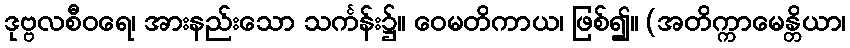
ဒုဗ္ဗလစီဝရေ၊ အားနည်းသော သင်္ကန်း၌။ ဝေမတိကာယ၊ ဖြစ်၍။ (အတိက္ကာမေန္တိယာ၊